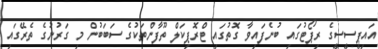
އައިޕީސީސީގެ ރިޕޯޓުގައި ބުނެފައިވާ ގޮތުގައި ޓްރޮޕިކަލް ތޫފާންތަކުގެ ސަބަބުން މި ގަރުނުގެ ތެރޭގައި